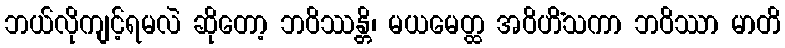
ဘယ်လိုကျင့်ရမလဲ ဆိုတော့ ဘဝိဿန္တိ၊ မယမေတ္ထ အဝိဟိံသကာ ဘဝိဿာ မာတိ